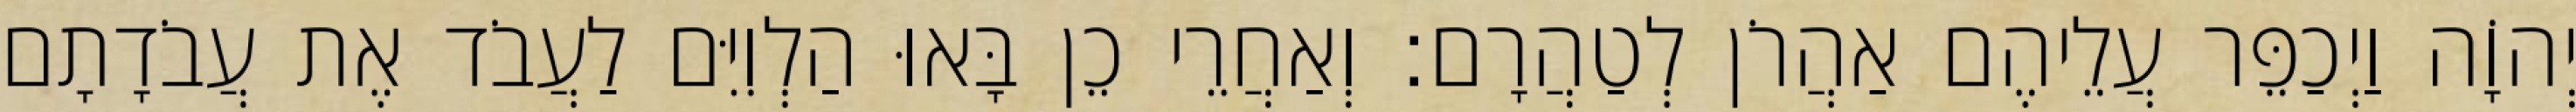
יְהוָֹה וַיְכַפֵּר עֲלֵיהֶם אַהֲרֹן לְטַהֲרָם׃ וְאַחֲרֵי כֵן בָּאוּ הַלְוִיִּם לַעֲבֹד אֶת עֲבֹדָתָם